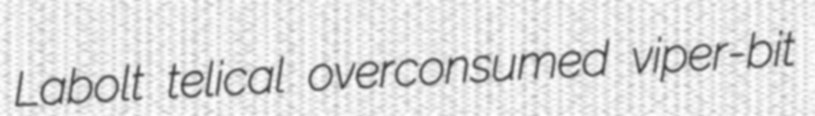
Labolt telical overconsumed viper-bit